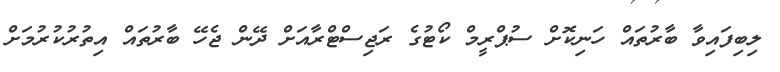
ލިބިފައިވާ ބާރުތައް ހަނިކޮށް ސުޕްރީމް ކޯޓުގެ ރަޖިސްޓްރާއަށް ދޭން ޖެހޭ ބާރުތައް އިތުރުކުރުމަށް